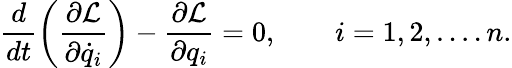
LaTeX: \frac{d}{dt}\left(\frac{\partial\mathcal{L}}{\partial\dot{q}_{i}}\right)-\frac{\partial\mathcal{L}}{\partial q_{i}}=0,\qquad i=1,2,....n.